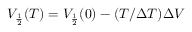
V _ { \frac { 1 } { 2 } } ( T ) = V _ { \frac { 1 } { 2 } } ( 0 ) - ( T / \Delta T ) \Delta V